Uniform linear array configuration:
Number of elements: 16
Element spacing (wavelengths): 0.25
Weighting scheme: exponential
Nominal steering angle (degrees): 60
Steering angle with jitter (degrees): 59.384
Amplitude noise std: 0.05
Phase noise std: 0.05

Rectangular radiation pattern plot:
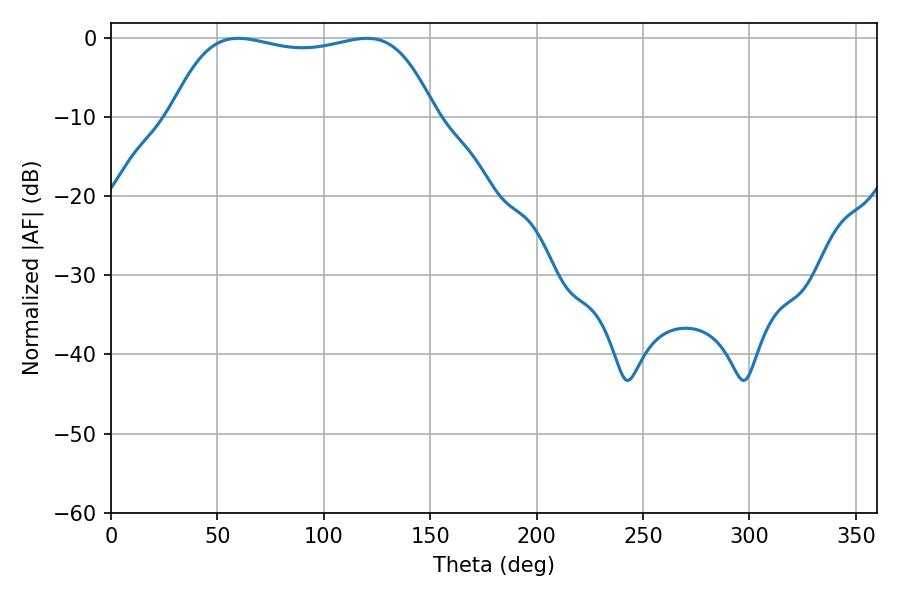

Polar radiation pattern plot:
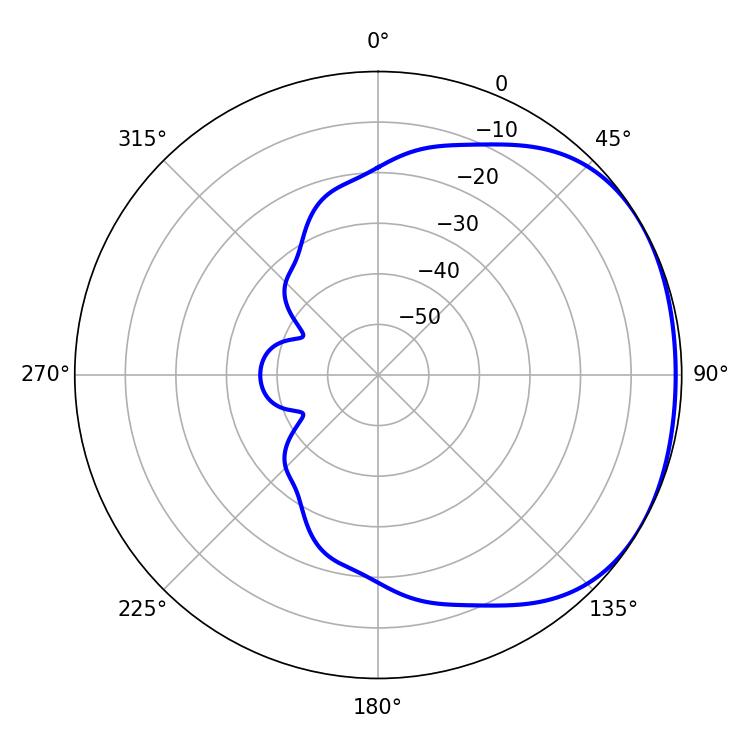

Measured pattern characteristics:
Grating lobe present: FALSE
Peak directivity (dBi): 1.571
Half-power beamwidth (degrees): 99.36
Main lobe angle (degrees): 120.24